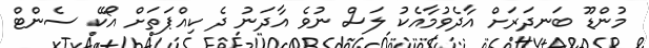
މުންޑޫ ބަނދަރަށް އާދެވުމާއެކު ލަސް ނުވެ އާދަނު ދެ ކިއްޕަތަށް އޯކޭ ސެންޓް